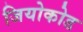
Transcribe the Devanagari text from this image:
जियोकोड